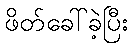
ဖိတ်ခေါ်ခဲ့ပြီး